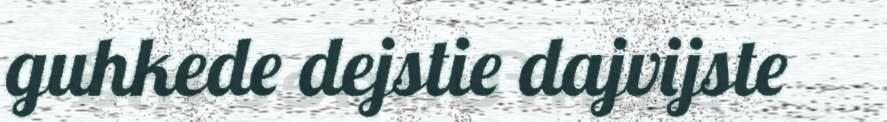
guhkede dejstie dajvijste